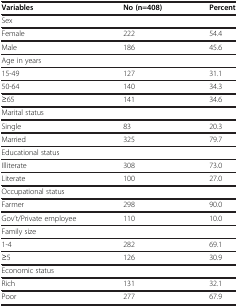
| Variables | No (n=408) | Percent |
 | --- | --- | --- |
 | <COLSPAN=3> Sex |
 | Female | 222 | 54.4 |
 | Male | 186 | 45.6 |
 | <COLSPAN=3> Age in years |
 | 15-49 | 127 | 31.1 |
 | 50-64 | 140 | 34.3 |
 | ≥65 | 141 | 34.6 |
 | <COLSPAN=3> Marital status |
 | Single | 83 | 20.3 |
 | Married | 325 | 79.7 |
 | <COLSPAN=3> Educational status |
 | Illiterate | 308 | 73.0 |
 | Literate | 100 | 27.0 |
 | <COLSPAN=3> Occupational status |
 | Farmer | 298 | 90.0 |
 | Gov’t/Private employee | 110 | 10.0 |
 | <COLSPAN=3> Family size |
 | 1-4 | 282 | 69.1 |
 | ≥5 | 126 | 30.9 |
 | <COLSPAN=3> Economic status |
 | Rich | 131 | 32.1 |
 | Poor | 277 | 67.9 |